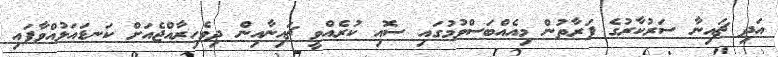
އަދި ޗައިނާ ސަރުކާރުގެ ފަރާތުން މިއެއްބަސްވުމުގައި ސޮއި ކުރެއްވީ ޗައިނާއިން ދިވެހިރާއްޖެއަށް ކަނޑައަޅުއްވާފައި